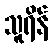
သူရိန်